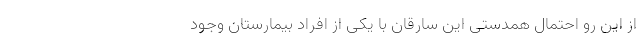
از این رو احتمال همدستی این سارقان با یکی از افراد بیمارستان وجود